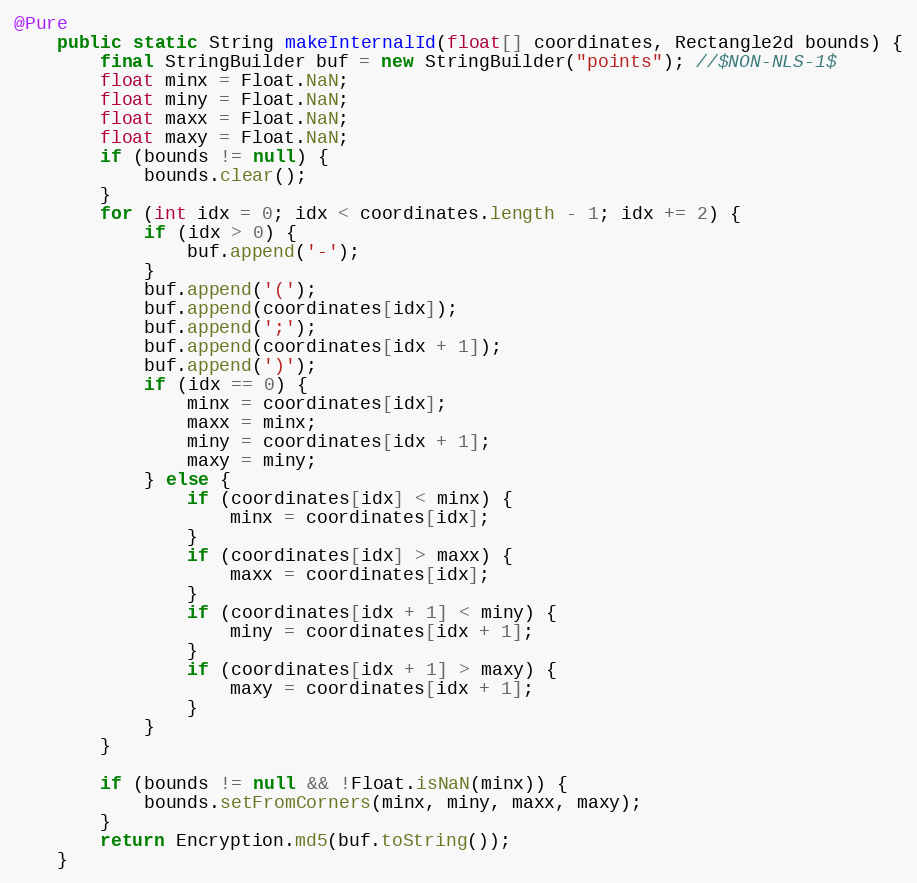
Language: Java
@Pure
	public static String makeInternalId(float[] coordinates, Rectangle2d bounds) {
		final StringBuilder buf = new StringBuilder("points"); //$NON-NLS-1$
		float minx = Float.NaN;
		float miny = Float.NaN;
		float maxx = Float.NaN;
		float maxy = Float.NaN;
		if (bounds != null) {
			bounds.clear();
		}
		for (int idx = 0; idx < coordinates.length - 1; idx += 2) {
			if (idx > 0) {
				buf.append('-');
			}
			buf.append('(');
			buf.append(coordinates[idx]);
			buf.append(';');
			buf.append(coordinates[idx + 1]);
			buf.append(')');
			if (idx == 0) {
				minx = coordinates[idx];
				maxx = minx;
				miny = coordinates[idx + 1];
				maxy = miny;
			} else {
				if (coordinates[idx] < minx) {
					minx = coordinates[idx];
				}
				if (coordinates[idx] > maxx) {
					maxx = coordinates[idx];
				}
				if (coordinates[idx + 1] < miny) {
					miny = coordinates[idx + 1];
				}
				if (coordinates[idx + 1] > maxy) {
					maxy = coordinates[idx + 1];
				}
			}
		}

		if (bounds != null && !Float.isNaN(minx)) {
			bounds.setFromCorners(minx, miny, maxx, maxy);
		}
		return Encryption.md5(buf.toString());
	}